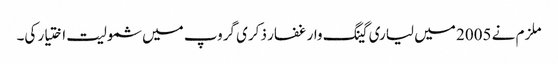
ملزم نے 2005 میں لیاری گینگ وار غفار ذکری گروپ میں شمولیت اختیار کی۔